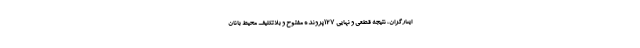
ایثارگران، نتیجه قطعی و نهایی ۱۲۷پرونده مفتوح و بلاتکلیف محیط بانان